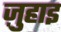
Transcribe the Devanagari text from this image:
ज़ुहाइ